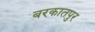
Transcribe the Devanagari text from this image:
बरकातपुर